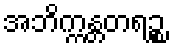
အဘိက္ကန္တတရဉ္စ